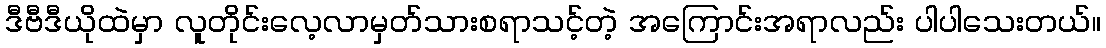
ဒီဗီဒီယိုထဲမှာ လူတိုင်းလေ့လာမှတ်သားစရာသင့်တဲ့ အကြောင်းအရာလည်း ပါပါသေးတယ်။